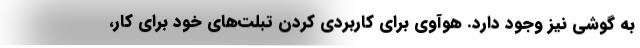
به گوشی نیز وجود دارد. هوآوی برای کاربردی کردن تبلت‌های خود برای کار،